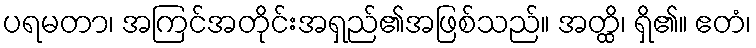
ပရမတာ၊ အကြင်အတိုင်းအရှည်၏အဖြစ်သည်။ အတ္ထိ၊ ရှိ၏။ ဧတံ၊